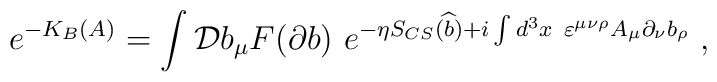
e^{-K_B(A)}=\int {\cal D}b_\mu F(\partial b)~e^{-\eta S_{CS}(\widehat{b})+i\int d^3x~\varepsilon ^{\mu \nu \rho }A_\mu \partial _\nu b_\rho }\;,